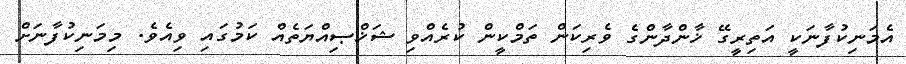
އެމަނިކުފާނަކީ އަތިރީގޭ ޚާންދާންގެ ވެރިކަން ތަމްކީން ކުރެއްވި ޝަޚްޞިއްޔަތެއް ކަމުގައި ވިއެވެ. މިމަނިކުފާނަށް